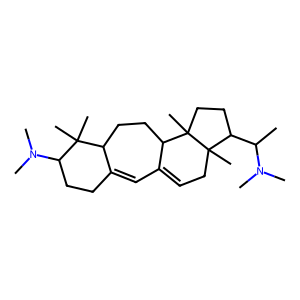
SMILES: CC(C1CCC2(C)C3CCC4C(=CC3=CCC12C)CCC(N(C)C)C4(C)C)N(C)C
Inhibits HIV replication: No